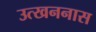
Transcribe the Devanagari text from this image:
उत्खननास